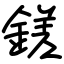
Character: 鎈